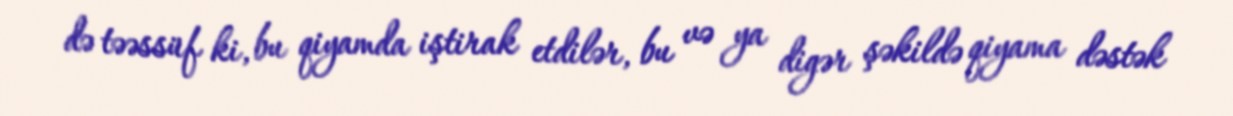
də təəssüf ki, bu qiyamda iştirak etdilər, bu və ya digər şəkildə qiyama dəstək